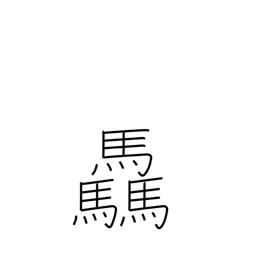
Meaning: many horses